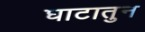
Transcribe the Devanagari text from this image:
घाटातुन